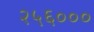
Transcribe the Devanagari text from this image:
२५६०००